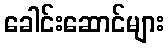
ခေါင်းဆောင်များ